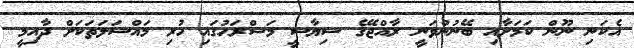
އެކަނި ނޫން ކަމަށާއި ބޭނުންވަނީ ރާއްޖޭގެ ސިޔާސީ މަޝްރަހުގައި ހުރި މައްސަލަތަކަށް ދާއިމީ